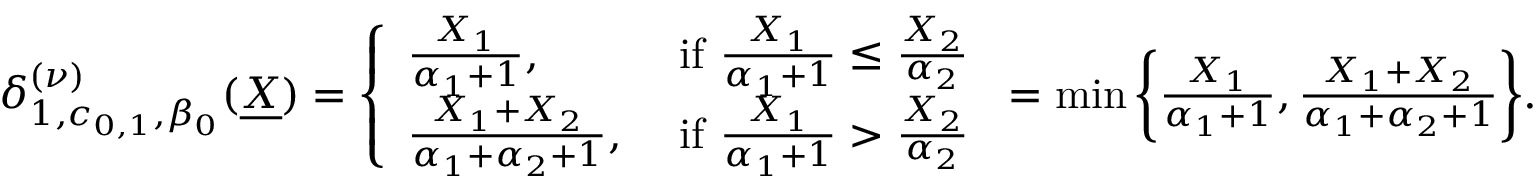
\begin{array} { r } { \delta _ { 1 , c _ { 0 , 1 } , \beta _ { 0 } } ^ { ( \nu ) } ( \underline { { X } } ) = \left\{ \begin{array} { l l } { \frac { X _ { 1 } } { \alpha _ { 1 } + 1 } , } & { \mathrm { ~ i f ~ } \frac { X _ { 1 } } { \alpha _ { 1 } + 1 } \leq \frac { X _ { 2 } } { \alpha _ { 2 } } } \\ { \frac { X _ { 1 } + X _ { 2 } } { \alpha _ { 1 } + \alpha _ { 2 } + 1 } , } & { \mathrm { ~ i f ~ } \frac { X _ { 1 } } { \alpha _ { 1 } + 1 } > \frac { X _ { 2 } } { \alpha _ { 2 } } } \end{array} \right. = \operatorname* { m i n } \bigg \{ \frac { X _ { 1 } } { \alpha _ { 1 } + 1 } , \frac { X _ { 1 } + X _ { 2 } } { \alpha _ { 1 } + \alpha _ { 2 } + 1 } \bigg \} . } \end{array}